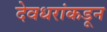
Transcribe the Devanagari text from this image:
देवधरांकडून